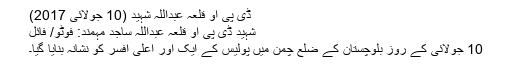
ڈی پی او قلعہ عبداللہ شہید (10 جولائی 2017)
شہید ڈی پی او قلعہ عبداللہ ساجد مہمند: فوٹو/ فائل
10 جولائی کے روز بلوچستان کے ضلع چمن میں پولیس کے ایک اور اعلیٰ افسر کو نشانہ بنایا گیا۔